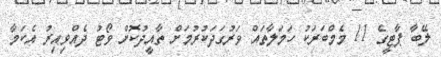
ލޭބާ ޕާޓީގެ 11 މެމްބަރަކު ހަމަލާތައް ވަރުގަދަކުރުމަށް ތާއީދުކޮށް ވޯޓު ދެއްވިއިރު އެކަމާ